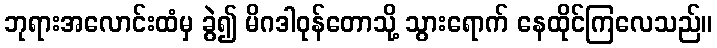
ဘုရားအလောင်းထံမှ ခွဲ၍ မိဂဒါဝုန်တောသို့ သွားရောက် နေထိုင်ကြလေသည်။